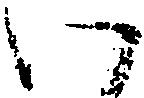
い